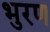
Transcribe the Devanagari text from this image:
भुरण